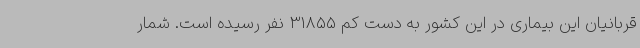
قربانیان این بیماری در این کشور به دست کم 31855 نفر رسیده است. شمار